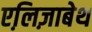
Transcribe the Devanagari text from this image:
एलि़ज़ाबेथ